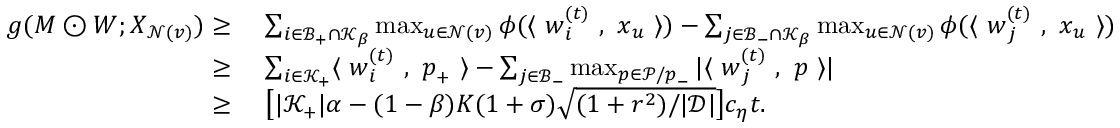
\begin{array} { r l } { g ( { \boldsymbol M } \odot { \boldsymbol W } ; { \boldsymbol X } _ { \mathcal { N } ( v ) } ) \ge } & { ~ \sum _ { i \in \mathcal { B } _ { + } \cap \mathcal { K } _ { \beta } } \operatorname* { m a x } _ { u \in \mathcal { N } ( v ) } \phi ( \langle ~ { \boldsymbol w } _ { i } ^ { ( t ) } ~ , ~ { \boldsymbol x } _ { u } ~ \rangle ) - \sum _ { j \in \mathcal { B } _ { - } \cap \mathcal { K } _ { \beta } } \operatorname* { m a x } _ { u \in \mathcal { N } ( v ) } \phi ( \langle ~ { \boldsymbol w } _ { j } ^ { ( t ) } ~ , ~ { \boldsymbol x } _ { u } ~ \rangle ) } \\ { \ge } & { ~ \textstyle \sum _ { i \in \mathcal { K } _ { + } } \langle ~ { \boldsymbol w } _ { i } ^ { ( t ) } ~ , ~ { \boldsymbol p } _ { + } ~ \rangle - \sum _ { j \in \mathcal { B } _ { - } } \operatorname* { m a x } _ { { \boldsymbol p } \in \mathcal { P } / { \boldsymbol p } _ { - } } | \langle ~ { \boldsymbol w } _ { j } ^ { ( t ) } ~ , ~ { \boldsymbol p } ~ \rangle | } \\ { \ge } & { ~ \big [ | \mathcal { K } _ { + } | \alpha - ( 1 - \beta ) K ( 1 + \sigma ) \sqrt { ( 1 + r ^ { 2 } ) / | \mathcal { D } | } \big ] c _ { \eta } t . } \end{array}